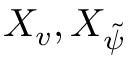
X _ { v } , X _ { \tilde { \psi } }